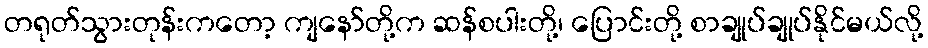
တရုတ်သွားတုန်းကတော့ ကျနော်တို့က ဆန်စပါးတို့၊ ပြောင်းတို့ စာချုပ်ချုပ်နိုင်မယ်လို့